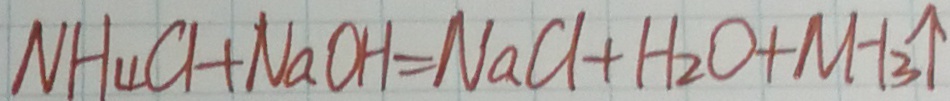
N H _ { 4 } C l + N a O H = N a C l + H _ { 2 } O + N H _ { 3 } \uparrow